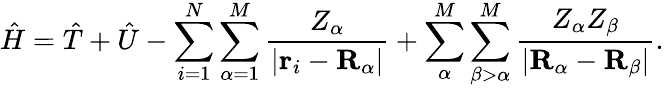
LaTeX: {\hat{H}}={\hat{T}}+{\hat{U}}-\sum_{i=1}^{N}\sum_{\alpha=1}^{M}{\frac{Z_{\alpha}}{|\mathbf{r}_{i}-\mathbf{R}_{\alpha}|}}+\sum_{\alpha}^{M}\sum_{\beta>\alpha}^{M}{\frac{Z_{\alpha}Z_{\beta}}{|\mathbf{R}_{\alpha}-\mathbf{R}_{\beta}|}}.